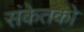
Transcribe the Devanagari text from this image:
संकेतको